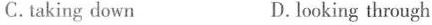
C.taking down D.looking through